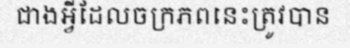
ជាងអ្វីដែលចក្រភពនេះត្រូវបាន